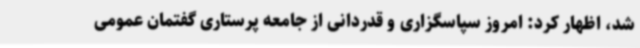
شد، اظهار کرد: امروز سپاسگزاری و قدردانی از جامعه پرستاری گفتمان عمومی